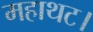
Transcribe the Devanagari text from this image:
महाथट।